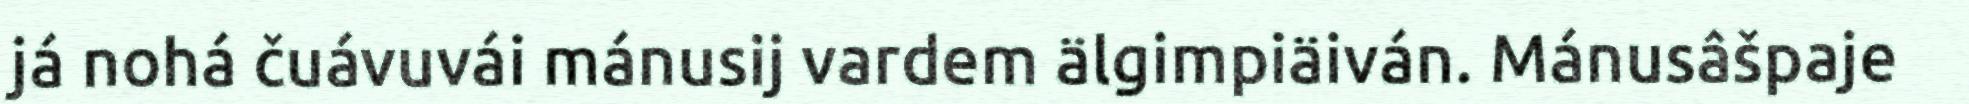
já nohá čuávuvái mánusij vardem älgimpiäiván. Mánusâšpaje